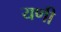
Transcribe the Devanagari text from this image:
यणी